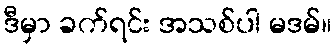
ဒီမှာ ခက်ရင်း အသစ်ပါ မဒမ်။